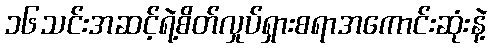
၁၆သင်းအဆင့်ရဲ့စိတ်လှုပ်ရှားစရာအကောင်းဆုံးနဲ့